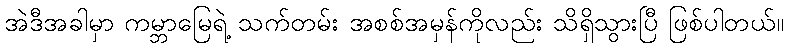
အဲဒီအခါမှာ ကမ္ဘာမြေရဲ့ သက်တမ်း အစစ်အမှန်ကိုလည်း သိရှိသွားပြီ ဖြစ်ပါတယ်။